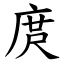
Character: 庹